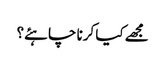
مجھے کیا کرنا چاہئے؟